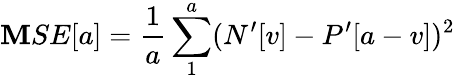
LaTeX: \mathbf{M}SE[a]=\frac{{1}}{{a}}\sum_{1}^{a}(N^{\prime}[v]-P^{\prime}[a-v])^{2}